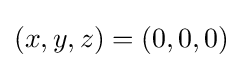
(x,y,z)=(0,0,0)